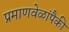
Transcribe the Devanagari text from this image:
प्रमाणवेळांपैकी